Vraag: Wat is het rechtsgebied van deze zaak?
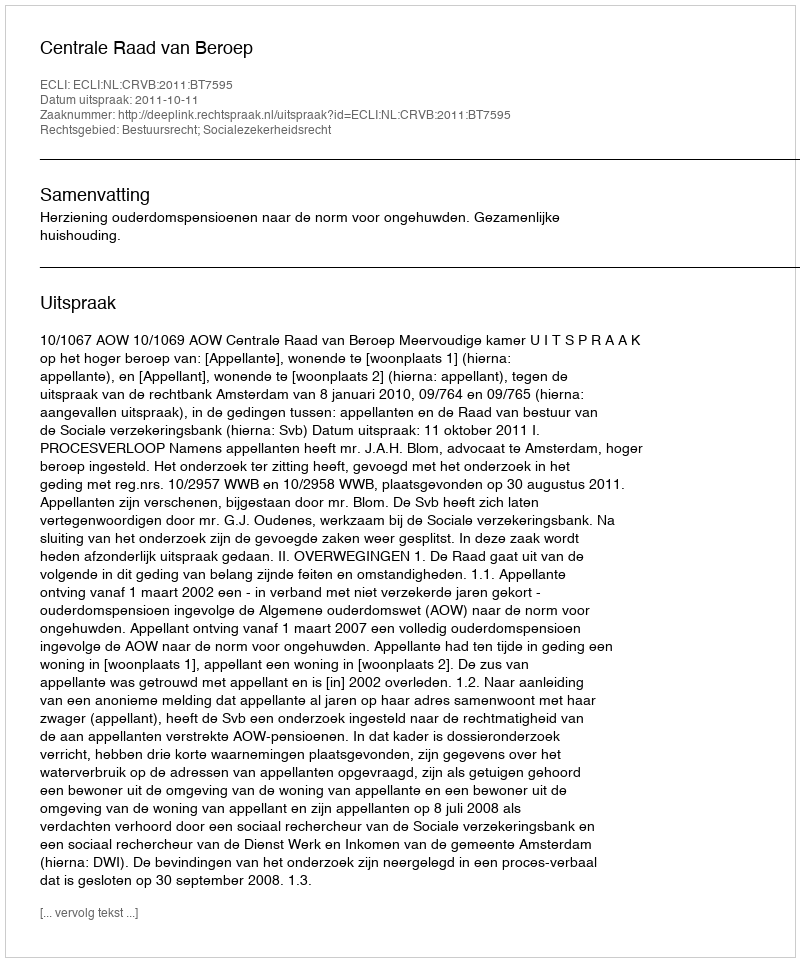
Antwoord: Bestuursrecht; Socialezekerheidsrecht